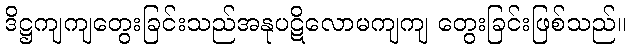
ဒိဋ္ဌကျကျတွေးခြင်းသည်အနုပဋိလောမကျကျ တွေးခြင်းဖြစ်သည်။